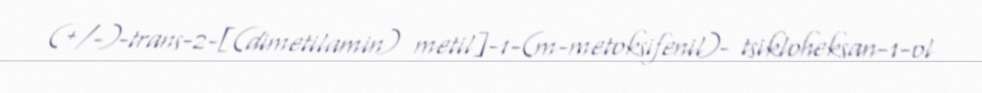
(+/-)-trans-2-[(dimetilamin) metil]-1-(m-metoksifenil)- tsikloheksan-1-ol